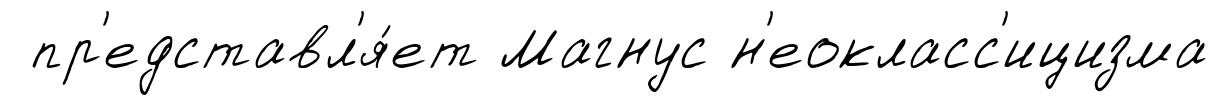
пр'едставл'я́ет Магнус н'еокласс'ицизма